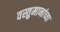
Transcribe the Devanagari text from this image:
वस्तुमानांच्या